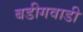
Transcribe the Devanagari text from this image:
बडीगवाडी